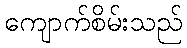
ကျောက်စိမ်းသည်